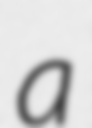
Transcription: a